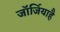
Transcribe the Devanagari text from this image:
जॉर्जियाहै